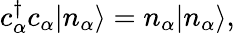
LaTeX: c_{\alpha}^{\dagger}c_{\alpha}|n_{\alpha}\rangle=n_{\alpha}|n_{\alpha}\rangle,